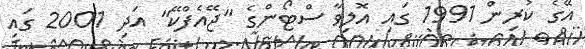
އޭގެ ކުރިން 1991 ގައި އޮލިވާ ސްޓޯންގެ "ޖޭއެފްކޭ" އަދި 2001 ގައި